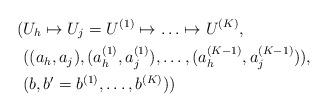
LaTeX: \begin{align*}(&U_h \mapsto U_j = U^{(1)} \mapsto \ldots \mapsto U^{(K)},\\&((a_h, a_j), (a_h^{(1)}, a_j^{(1)}), \ldots, (a_h^{(K - 1)}, a_j^{(K - 1)})),\\&(b, b^{\prime} = b^{(1)}, \ldots, b^{(K)}))\end{align*}